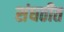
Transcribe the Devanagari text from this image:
संघठीत